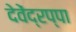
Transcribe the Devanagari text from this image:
देवेंद्रप्पा